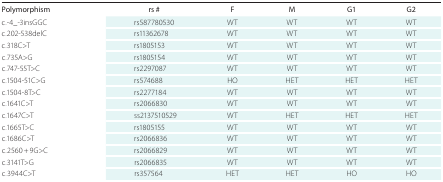
<table><thead><tr><td><b>Polymorphism</b></td><td><b>rs #</b></td><td><b>F</b></td><td><b>M</b></td><td><b>G1</b></td><td><b>G2</b></td></tr></thead><tbody><tr><td>c.-4_-3insGGC</td><td>rs587780530</td><td>WT</td><td>WT</td><td>WT</td><td>WT</td></tr><tr><td>c.202-538delC</td><td>rs11362678</td><td>WT</td><td>WT</td><td>WT</td><td>WT</td></tr><tr><td>c.318C&gt;T</td><td>rs1805153</td><td>WT</td><td>WT</td><td>WT</td><td>WT</td></tr><tr><td>c.735A&gt;G</td><td>rs1805154</td><td>WT</td><td>WT</td><td>WT</td><td>WT</td></tr><tr><td>c.747-55T&gt;C</td><td>rs2297087</td><td>WT</td><td>WT</td><td>WT</td><td>WT</td></tr><tr><td>c.1504-51C&gt;G</td><td>rs574688</td><td>HO</td><td>HET</td><td>HET</td><td>HET</td></tr><tr><td>c.1504-8T&gt;C</td><td>rs2277184</td><td>WT</td><td>WT</td><td>WT</td><td>WT</td></tr><tr><td>c.1641C&gt;T</td><td>rs2066830</td><td>WT</td><td>WT</td><td>WT</td><td>WT</td></tr><tr><td>c.1647C&gt;T</td><td>ss2137510529</td><td>WT</td><td>HET</td><td>HET</td><td>HET</td></tr><tr><td>c.1665T&gt;C</td><td>rs1805155</td><td>WT</td><td>WT</td><td>WT</td><td>WT</td></tr><tr><td>c.1686C&gt;T</td><td>rs2066836</td><td>WT</td><td>WT</td><td>WT</td><td>WT</td></tr><tr><td>c.2560 + 9G&gt;C</td><td>rs2066829</td><td>WT</td><td>WT</td><td>WT</td><td>WT</td></tr><tr><td>c.3141T&gt;G</td><td>rs2066835</td><td>WT</td><td>WT</td><td>WT</td><td>WT</td></tr><tr><td>c.3944C&gt;T</td><td>rs357564</td><td>HET</td><td>HET</td><td>HO</td><td>HO</td></tr></tbody></table>